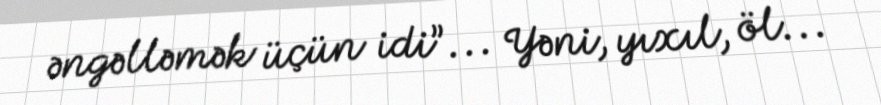
əngəlləmək üçün idi”... Yəni, yıxıl, öl...